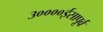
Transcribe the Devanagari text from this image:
३००००ईसापूर्व